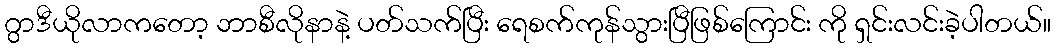
ဂွာဒီယိုလာကတော့ ဘာစီလိုနာနဲ့ ပတ်သက်ပြီး ရေစက်ကုန်သွားပြီဖြစ်ကြောင်း ကို ရှင်းလင်းခဲ့ပါတယ်။